Papers set at the Examination for Leaving Certificates, 1895
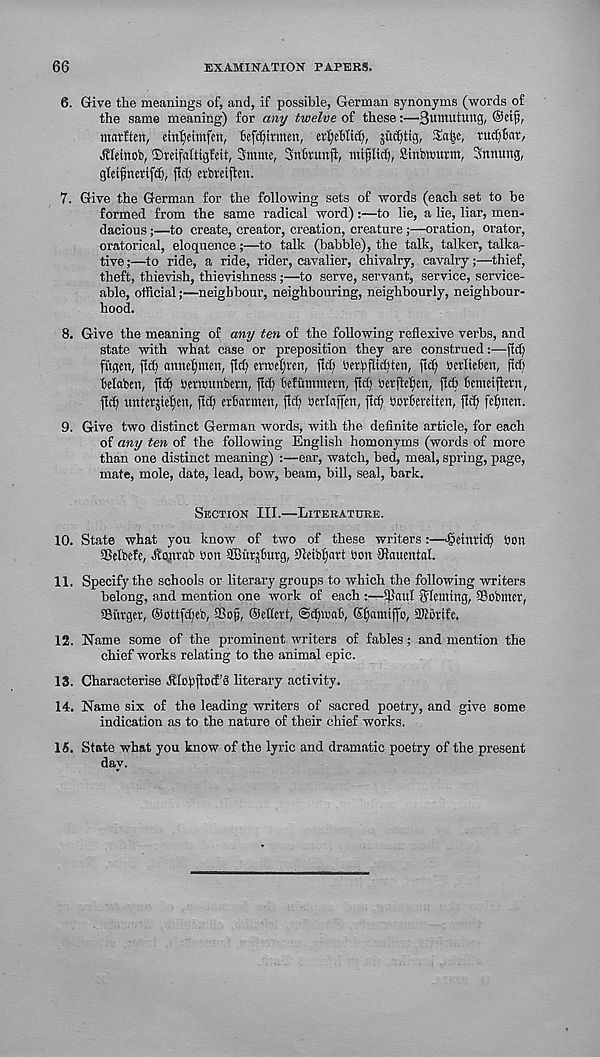
66
EXAMINATION PAPERS.
6. Give the meanings of, and, if possible, German synonyms (words of
the same meaning) for any twelve of these:—3umutUttg, ©ctf),
marften, einl)etmfen, fefdjitmen, et^ehlicf), suc^tig, Sa^e, ruc^finr,
^leinob, ©rcifaltigfeit, Sntmc, SttStunfl, miflic^, Sinbwurtn, Snnung,
glei^nerifdj, fid) erbretflen.
7. Give the German for the following sets of words (each set to be
formed from the same radical word)to lie, a lie, liar, men-
dacious ;—to create, creator, creation, creature;—oration, orator,
oratorical, eloquence;—to talk (babble), the talk, talker, talka-
tive ;—to ride, a ride, rider, cavalier, chivalry, cavalry;—thief,
theft, thievish, thievishness ;—to serve, servant, service, service-
able, official;—neighbour, neighbouring, neighbourly, neighbour-
hood.
8. Give the meaning of any ten of the following reflexive verbs, and
state with what case or preposition they are construed:—fid)
fitgen, fi<^ annefjmen, fief) erroel)rcn, fldf tierfflicften, fid) Sertiebcn, fid)
belabcn, fid) herwunbern, fid) befutnmern, fid) uetfie^tn, fid) benteijlern,
fid) untetjief)cn, fief) erbatmen, fid) bcrlaffen, fief Dorbereiten, fief) fel)nen.
9. Give two distinct German words, with the definite article, for each
of any ten of the following English homonyms (words of more
than one distinct meaning) :—ear, watch, bed, meal, spring, page,
mate, mole, date, lead, bow, beam, bill, seal, bark.
Section III.—Literature.
10. State what you know of two of these writers:—Detnrid) Don
fBelbefe, ^onrab Don SBiirjburg, 91eibf)art Don Ulauental.
11. Specify the schools or literary groups to which the following writers
belong, and mention one work of each :—iflaul Fleming, SSobmer,
SSiitger, ®ottfd)eb, SSofj, ©efiert, @d)u>ab, ©fjainiffo, STObtifc,
12. Name some of the prominent writers of fables; and mention the
chief works relating to the animal epic.
13. Characterise bllobfiod’S literary activity.
14. Name six of the leading writers of sacred poetry, and give some
indication as to the nature of their chief works.
15. State what you know of the lyric and dramatic poetry of the present
day.